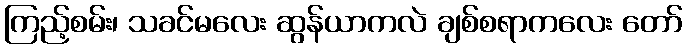
ကြည့်စမ်း၊ သခင်မလေး ဆွန်ယာကလဲ ချစ်စရာကလေး တော်